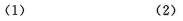
（1） （2）